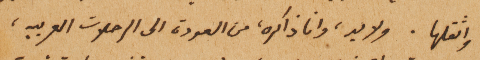
واثقلها. ولا بد، وانا ذاكره، من العودة الى الرحلات العربيه،